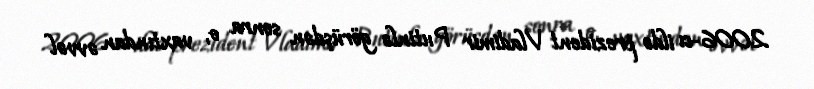
2006-cı ildə prezident Vladimir Putinlə görüşdən sonra o, vaxtından əvvəl